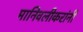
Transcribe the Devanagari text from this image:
मानिवलीकरांनी